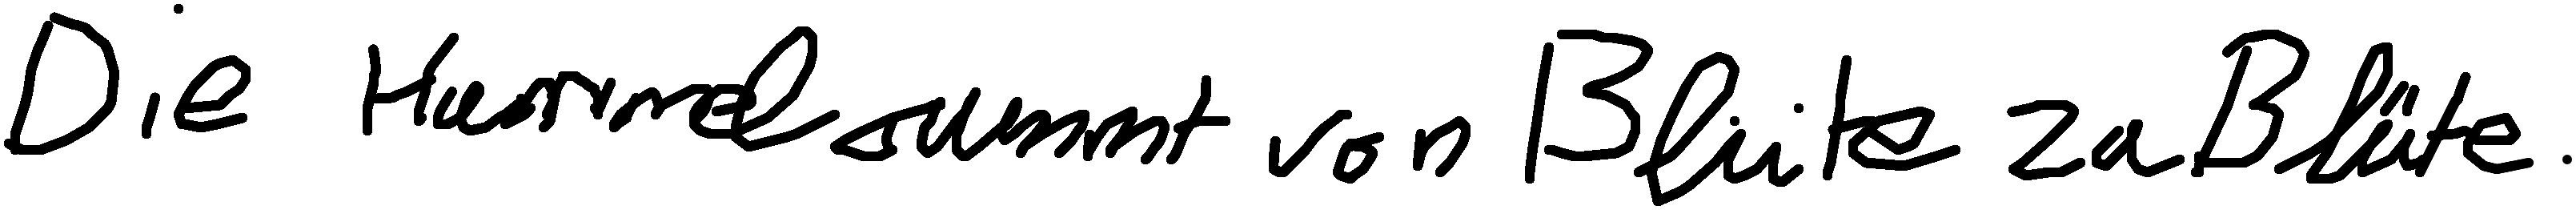
Die Hummel summt von Blüte zu Blüte.